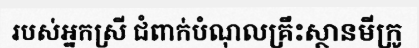
របស់អ្នកស្រី ជំពាក់បំណុលគ្រឹះស្ថានមីក្រូ